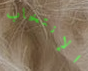
الإنتخاب